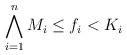
\begin{align*}\bigwedge_{i=1}^{n} M_i \leq f_i < K_i \end{align*}